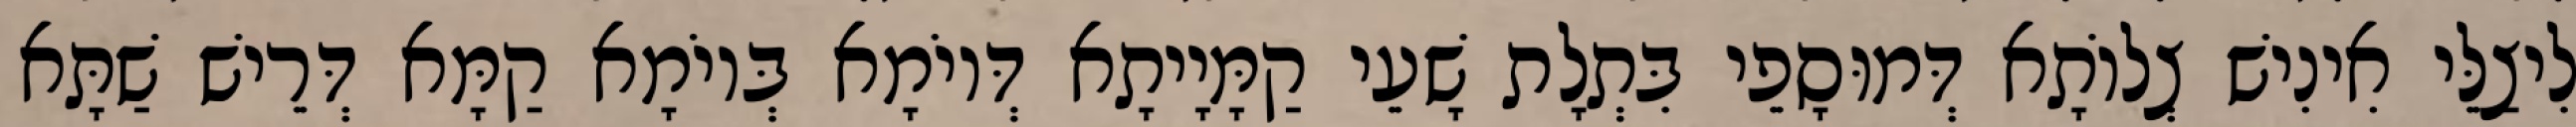
לִיצַלֵּי אִינִישׁ צְלוֹתָא דְּמוּסָפֵי בִּתְלָת שָׁעֵי קַמָּיָיתָא דְּיוֹמָא בְּיוֹמָא קַמָּא דְּרֵישׁ שַׁתָּא